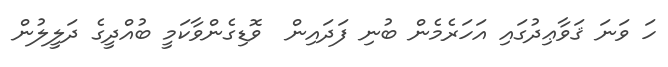
ހަ ވަނަ ޤަވާޢިދުގައި އަހަރެމެން ބުނި ފަދައިން  ވޮޑިގެންވާކަމީ ބުއްދީގެ ދަލީލުން